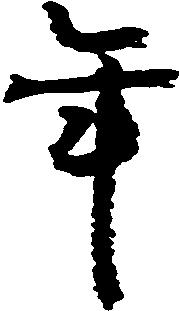
年